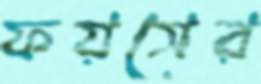
ফয়সের